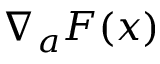
\nabla _ { a } F ( x )